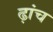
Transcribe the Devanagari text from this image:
ढ़ांच